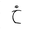
Letter: _kha